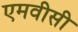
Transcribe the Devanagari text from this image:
एमवीसी